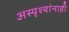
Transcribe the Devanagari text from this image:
अस्पृश्यांनाही